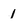
Character: 1